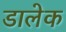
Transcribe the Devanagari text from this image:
डालेक